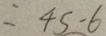
= 4 5 - 6